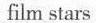
film stars